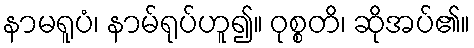
နာမရူပံ၊ နာမ်ရုပ်ဟူ၍။ ဝုစ္စတိ၊ ဆိုအပ်၏။